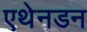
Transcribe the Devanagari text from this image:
एथेनडन